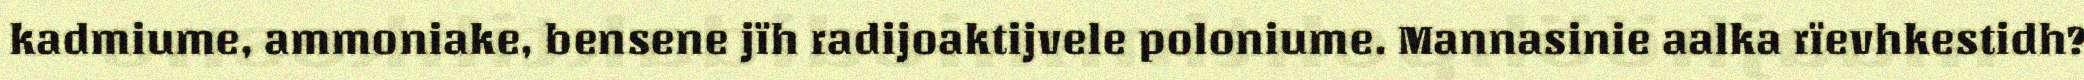
kadmiume, ammoniake, bensene jïh radijoaktijvele poloniume. Mannasinie aalka rïevhkestidh?